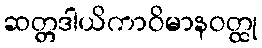
ဆတ္တဒါယိကာဝိမာနဝတ္ထု